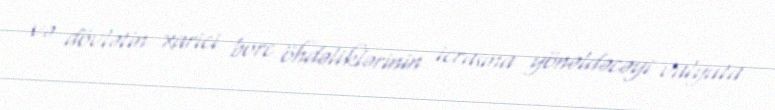
və dövlətin xarici borc öhdəliklərinin icrasına yönəldəcəyi valyuta